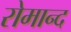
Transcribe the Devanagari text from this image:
रोमान्द